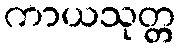
ကာယသုတ္တ